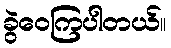
ခွဲဝေကြပါတယ်။